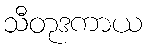
သီတုဒကာယ